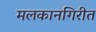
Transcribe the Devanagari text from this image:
मलकानगिरीत